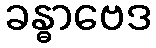
ခန္ဓာဗေဒ